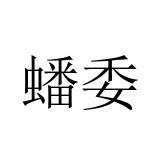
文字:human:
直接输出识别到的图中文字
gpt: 蟠委